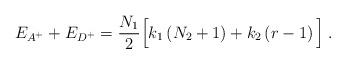
LaTeX: \begin{align*}E_{A^{+}}+E_{D^{+}}=\frac{N_{1}}{2}\Big[ k_{1}\left(N_{2}+1\right) +k_{2}\left(r-1\right) \Big]\; .\end{align*}